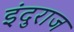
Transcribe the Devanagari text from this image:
इंदुराज